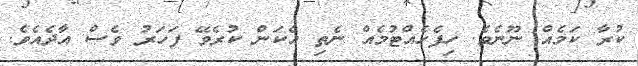
ކުރާ ކަމެއް ނޫނެވެ. ހިފެހެއްޓުމެއް ނެތި އެކަން ކުރެވޭ ފަހަރު ވެސް އާދެއެވެ.